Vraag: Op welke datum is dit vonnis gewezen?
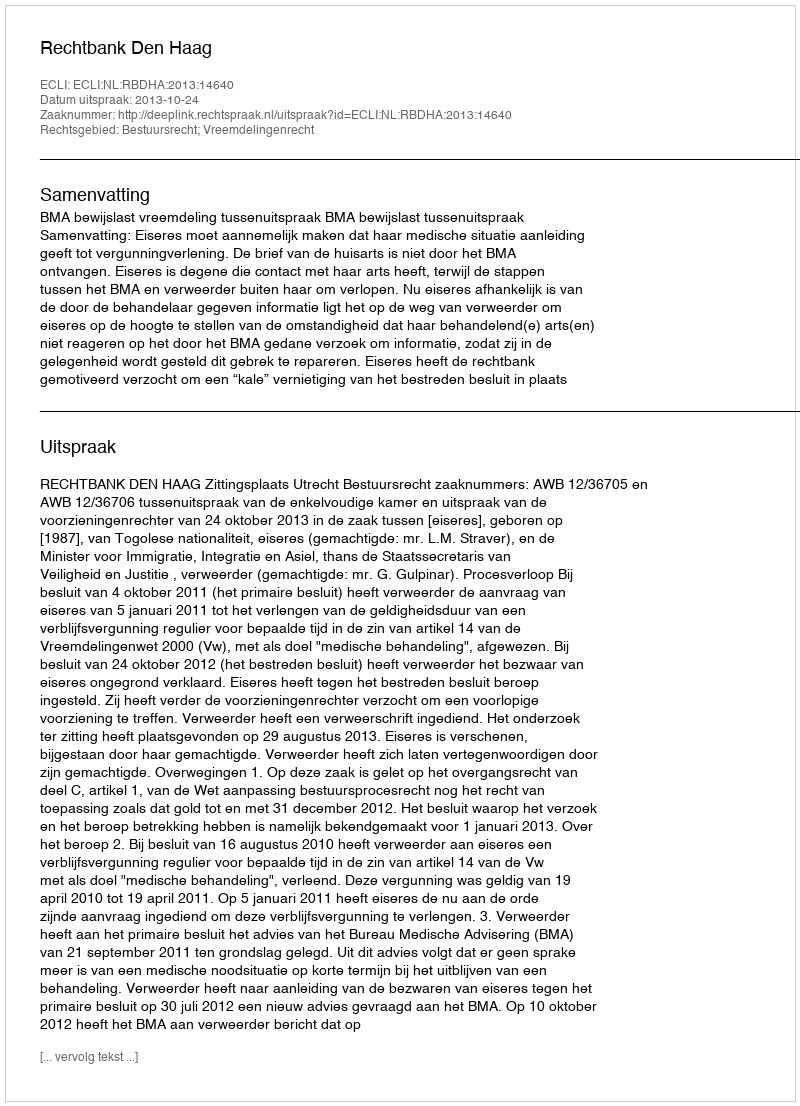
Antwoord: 2013-10-24